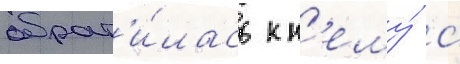
обрат'и́лась к н'ему́ с